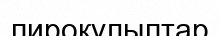
пироқұлыптар